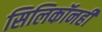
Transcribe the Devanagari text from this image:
सिलिकॉनही